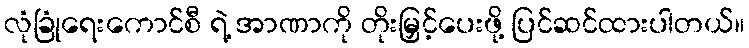
လုံခြုံရေးကောင်စီ ရဲ့ အာဏာကို တိုးမြှင့်ပေးဖို့ ပြင်ဆင်ထားပါတယ်။